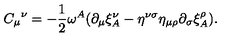
{ C _ { \mu } } ^ { \nu } = - \frac 1 2 \omega ^ { A } ( \partial _ { \mu } \xi _ { A } ^ { \nu } - \eta ^ { \nu \sigma } \eta _ { \mu \rho } \partial _ { \sigma } \xi _ { A } ^ { \rho } ) .